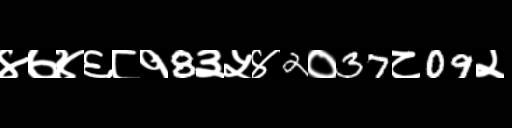
Text: ४७४६८१8३५४2०37८09२